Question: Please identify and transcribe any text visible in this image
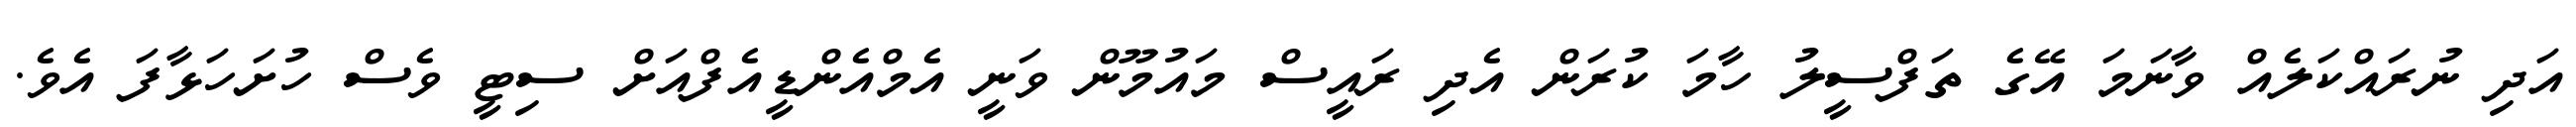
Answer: އަދި ނުރައްކަލެއް ވާނަމަ އޭގެ ތަފްސީލު ހާމަ ކުރަން އެދި ރައީސް މައުމޫން ވަނީ އެމްއެންޑީއެފްއަށް ސިޓީ ވެސް ހުށަހަޅާފަ އެވެ.